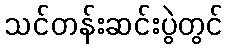
သင်တန်းဆင်းပွဲတွင်